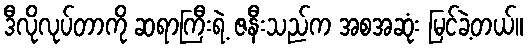
ဒီလိုလုပ်တာကို ဆရာကြီးရဲ့ ဇနီးသည်က အစအဆုံး မြင်ခဲ့တယ်။